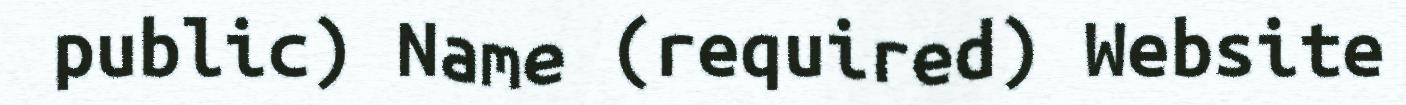
public) Name (required) Website